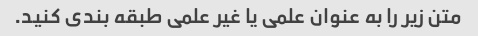
متن زیر را به عنوان علمی یا غیر علمی طبقه بندی کنید.